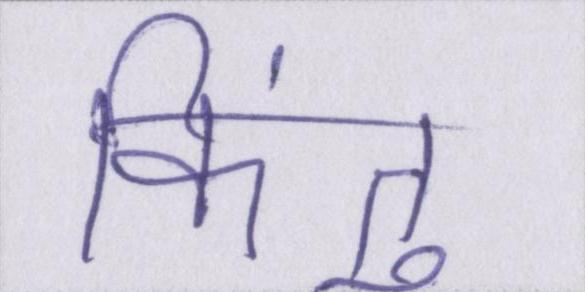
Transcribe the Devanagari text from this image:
किंतु